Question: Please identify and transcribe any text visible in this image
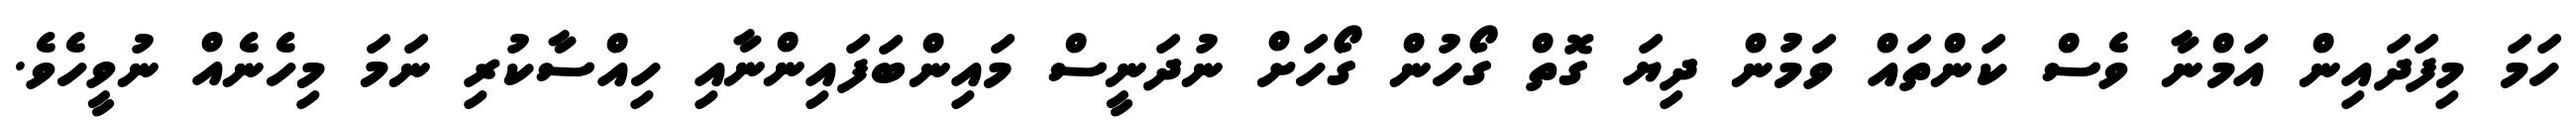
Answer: ހަމަ މިފަދައިން އަމްނާ ވެސް ކަންތައް ވަމުން ދިޔަ ގޮތް ގޯހުން ގޯހަށް ނުދަނީސް މައިންބަފައިންނާއި ހިއްސާކުރި ނަމަ މިހެނެއް ނުވީހެވެ.